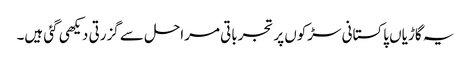
یہ گاڑیاں پاکستانی سڑکوں پر تجرباتی مراحل سے گزرتی دیکھی گئی ہیں۔